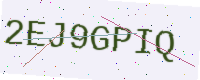
Text: 2EJ9GPIQ